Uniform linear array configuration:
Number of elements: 32
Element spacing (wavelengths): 0.75
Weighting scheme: blackman
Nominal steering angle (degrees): -45
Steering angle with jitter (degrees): -44.365
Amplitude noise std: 0.05
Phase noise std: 0.05

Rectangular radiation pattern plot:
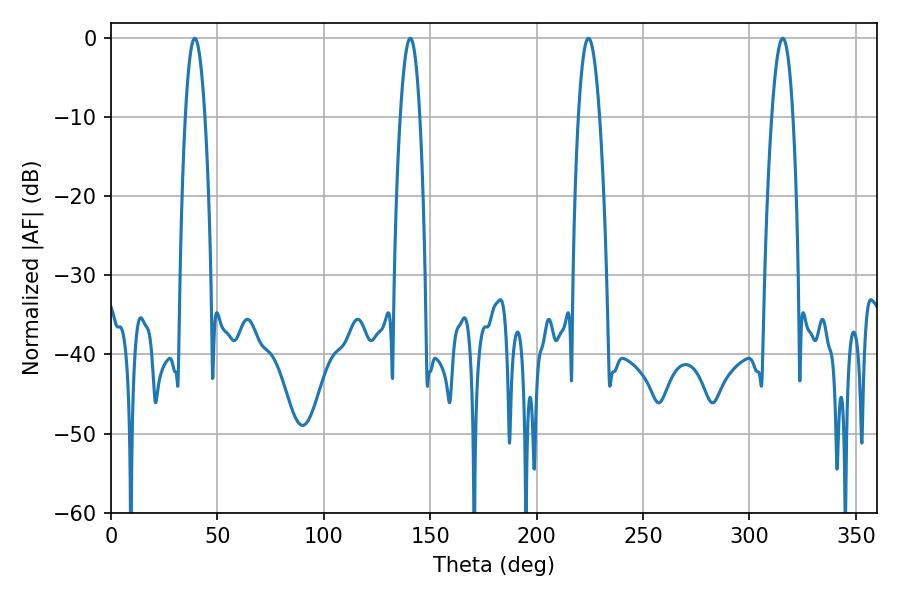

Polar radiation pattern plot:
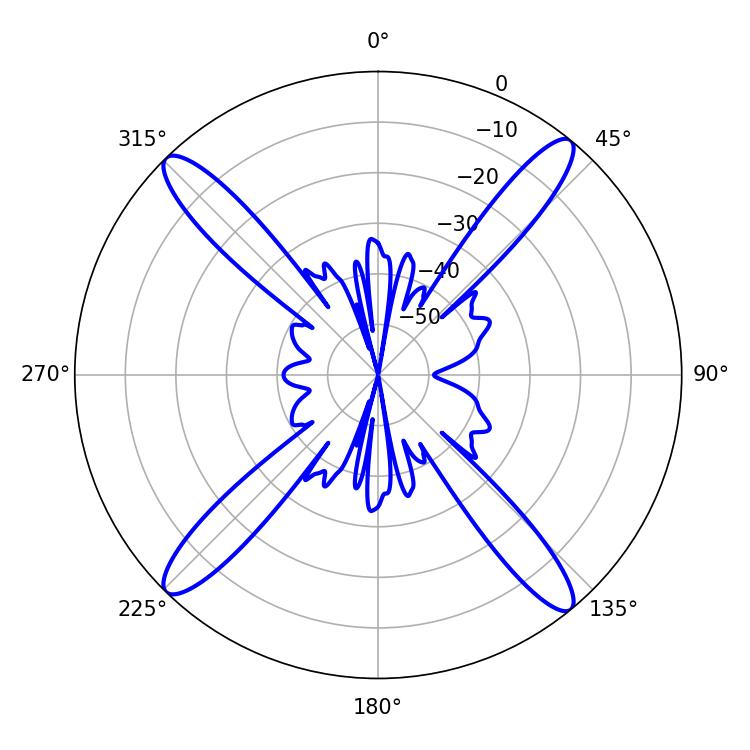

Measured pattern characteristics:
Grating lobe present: TRUE
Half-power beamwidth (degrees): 5.04
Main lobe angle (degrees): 140.58